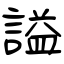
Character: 謚